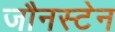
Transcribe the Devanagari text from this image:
जौनस्टेन